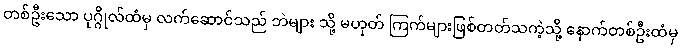
တစ်ဦးသော ပုဂ္ဂိုလ်ထံမှ လက်ဆောင်သည် ဘဲများ သို့ မဟုတ် ကြက်များဖြစ်တတ်သကဲ့သို့ နောက်တစ်ဦးထံမှ